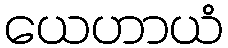
ယေဟာယံ